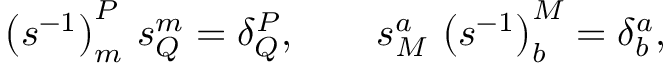
\left( s ^ { - 1 } \right) _ { m } ^ { P } \, s _ { Q } ^ { m } = \delta _ { Q } ^ { P } , \qquad s _ { M } ^ { a } \, \left( s ^ { - 1 } \right) _ { b } ^ { M } = \delta _ { b } ^ { a } ,